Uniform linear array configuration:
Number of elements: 8
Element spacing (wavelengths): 0.5
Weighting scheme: binomial
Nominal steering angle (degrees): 30
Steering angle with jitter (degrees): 30.998
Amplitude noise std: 0.05
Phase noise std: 0.05

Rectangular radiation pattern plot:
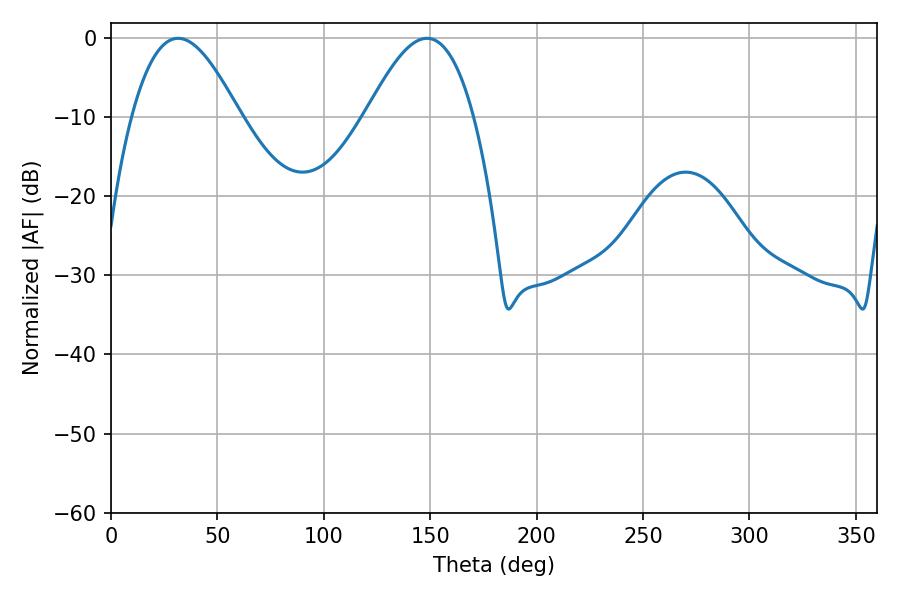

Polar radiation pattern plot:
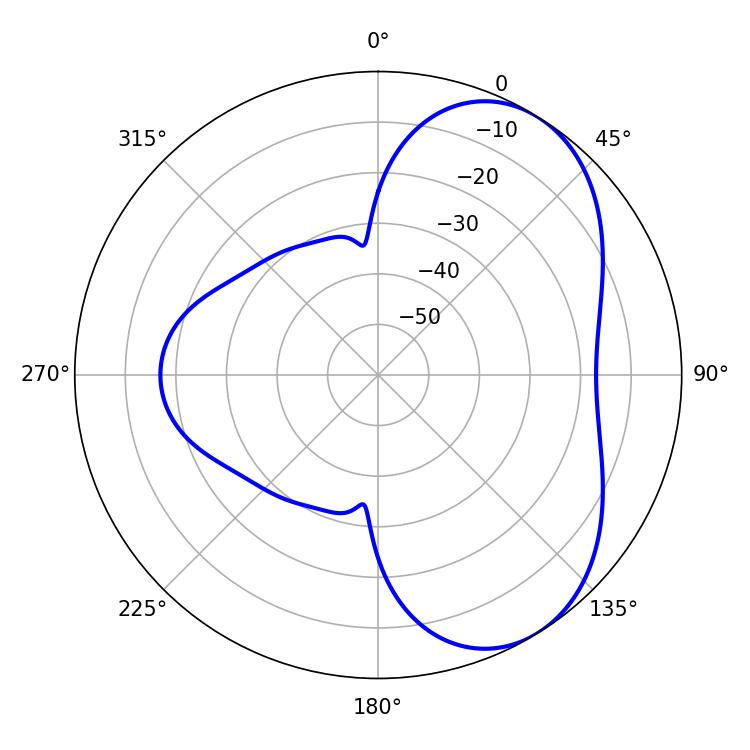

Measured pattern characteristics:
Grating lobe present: FALSE
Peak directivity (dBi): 5.412
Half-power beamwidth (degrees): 27.54
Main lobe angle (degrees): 31.5